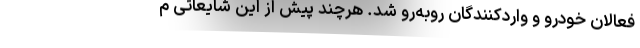
فعالان خودرو و واردکنندگان روبه‌رو شد. هرچند پیش از این شایعاتی م